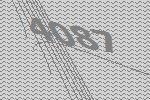
4087